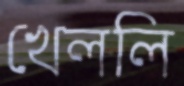
খেললি